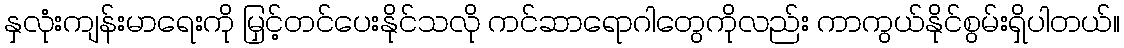
နှလုံးကျန်းမာရေးကို မြှင့်တင်ပေးနိုင်သလို ကင်ဆာရောဂါတွေကိုလည်း ကာကွယ်နိုင်စွမ်းရှိပါတယ်။